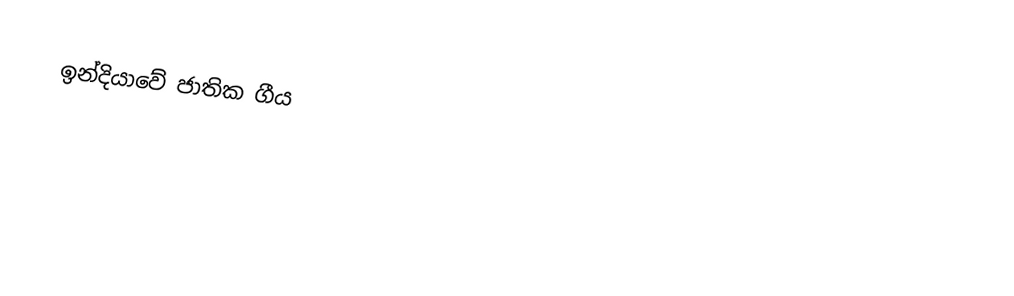
ඉන්දියාවේ ජාතික ගීය